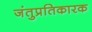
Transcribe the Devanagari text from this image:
जंतुप्रतिकारक